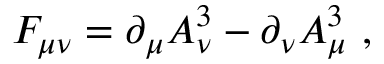
{ \cal F } _ { \mu \nu } = \partial _ { \mu } A _ { \nu } ^ { 3 } - \partial _ { \nu } A _ { \mu } ^ { 3 } \ ,